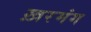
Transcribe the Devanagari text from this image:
ख़रमंग